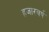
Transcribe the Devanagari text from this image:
हजारवर्ष